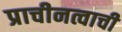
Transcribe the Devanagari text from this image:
प्राचीनत्वाची